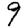
Digit: 9